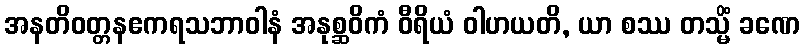
အနတိဝတ္တနဧကရသဘာဝါနံ အနုစ္ဆဝိကံ ဝီရိယံ ဝါဟယတိ, ယာ စဿ တသ္မိံ ခဏေ